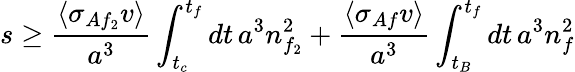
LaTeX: s\geq\frac{\langle\sigma_{Af_{2}}v\rangle}{a^{3}}\int_{t_{c}}^{t_{f}}dt\, a^{3}n_{f_{2}}^{2}+\frac{\langle\sigma_{Af}v\rangle}{a^{3}}\int_{t_{B}}^{t_{f}}dt\, a^{3}n_{f}^{2}